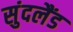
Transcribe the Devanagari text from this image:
सुंदलैंड